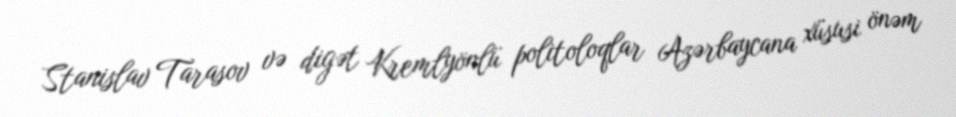
Stanislav Tarasov və digət Kremlyönlü politoloqlar Azərbaycana xüsusi önəm